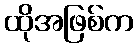
ထိုအဖြစ်က